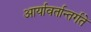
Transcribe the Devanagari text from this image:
आर्यावर्तान्तर्गते